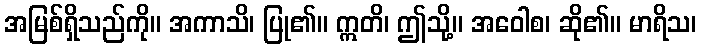
အမြစ်ရှိသည်ကို။ အကာသိ၊ ပြု၏။ ဣတိ၊ ဤသို့။ အဝေါစ၊ ဆို၏။ မာရိသ၊